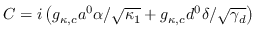
C = i \left( g _ { \kappa , c } a ^ { 0 } \alpha / \sqrt { \kappa _ { 1 } } + g _ { \kappa , c } d ^ { 0 } \delta / \sqrt { \gamma _ { d } } \right)